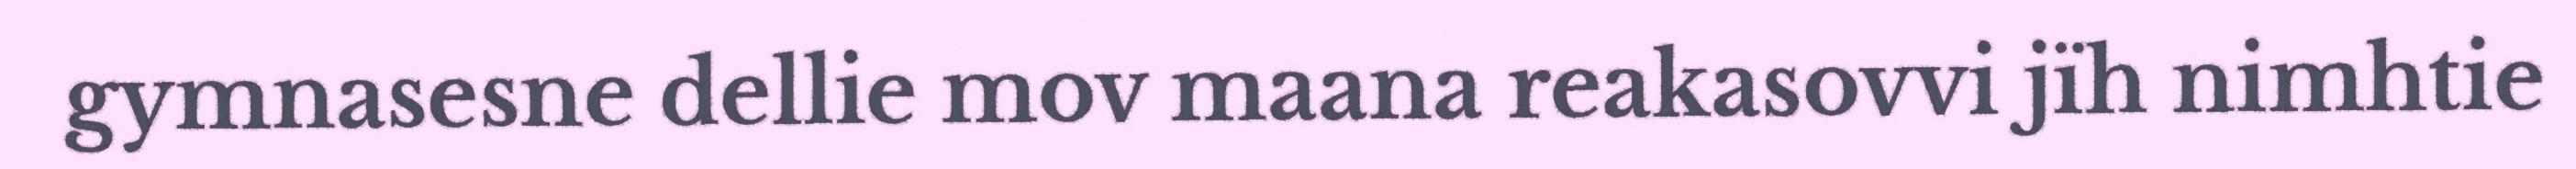
gymnasesne dellie mov maana reakasovvi jïh nimhtie